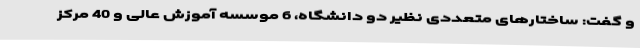
و گفت: ساختارهای متعددی نظیر دو دانشگاه، 6 موسسه آموزش عالی و 40 مرکز